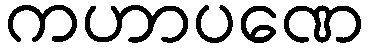
ကဟာပဏေ